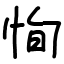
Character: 恂